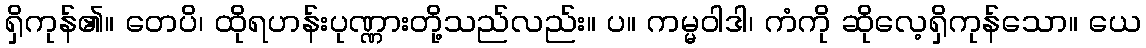
ရှိကုန်၏။ တေပိ၊ ထိုရဟန်းပုဏ္ဏားတို့သည်လည်း။ ပ။ ကမ္မဝါဒါ၊ ကံကို ဆိုလေ့ရှိကုန်သော။ ယေ